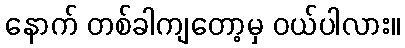
နောက် တစ်ခါကျတော့မှ ဝယ်ပါလား။